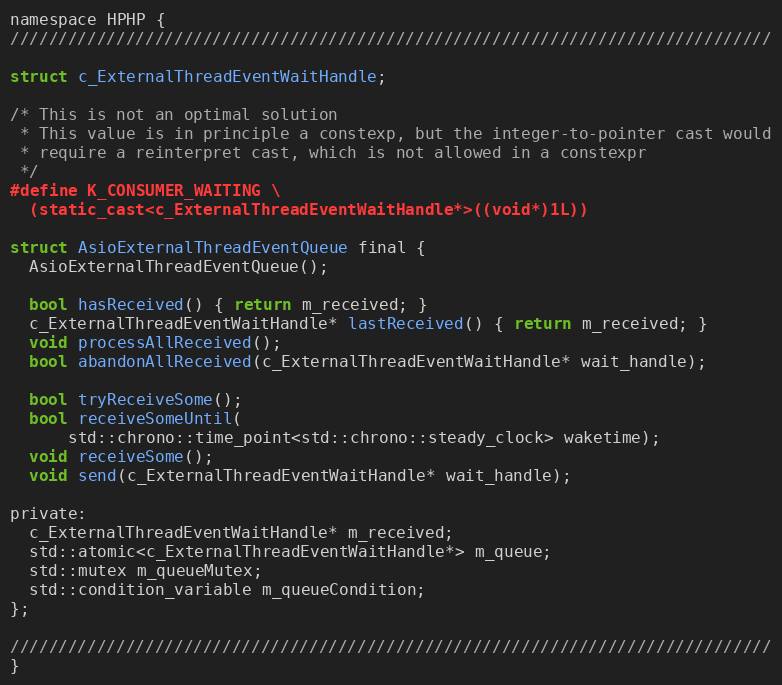
Language: C
namespace HPHP {
///////////////////////////////////////////////////////////////////////////////

struct c_ExternalThreadEventWaitHandle;

/* This is not an optimal solution
 * This value is in principle a constexp, but the integer-to-pointer cast would
 * require a reinterpret cast, which is not allowed in a constexpr
 */
#define K_CONSUMER_WAITING \
  (static_cast<c_ExternalThreadEventWaitHandle*>((void*)1L))

struct AsioExternalThreadEventQueue final {
  AsioExternalThreadEventQueue();

  bool hasReceived() { return m_received; }
  c_ExternalThreadEventWaitHandle* lastReceived() { return m_received; }
  void processAllReceived();
  bool abandonAllReceived(c_ExternalThreadEventWaitHandle* wait_handle);

  bool tryReceiveSome();
  bool receiveSomeUntil(
      std::chrono::time_point<std::chrono::steady_clock> waketime);
  void receiveSome();
  void send(c_ExternalThreadEventWaitHandle* wait_handle);

private:
  c_ExternalThreadEventWaitHandle* m_received;
  std::atomic<c_ExternalThreadEventWaitHandle*> m_queue;
  std::mutex m_queueMutex;
  std::condition_variable m_queueCondition;
};

///////////////////////////////////////////////////////////////////////////////
}